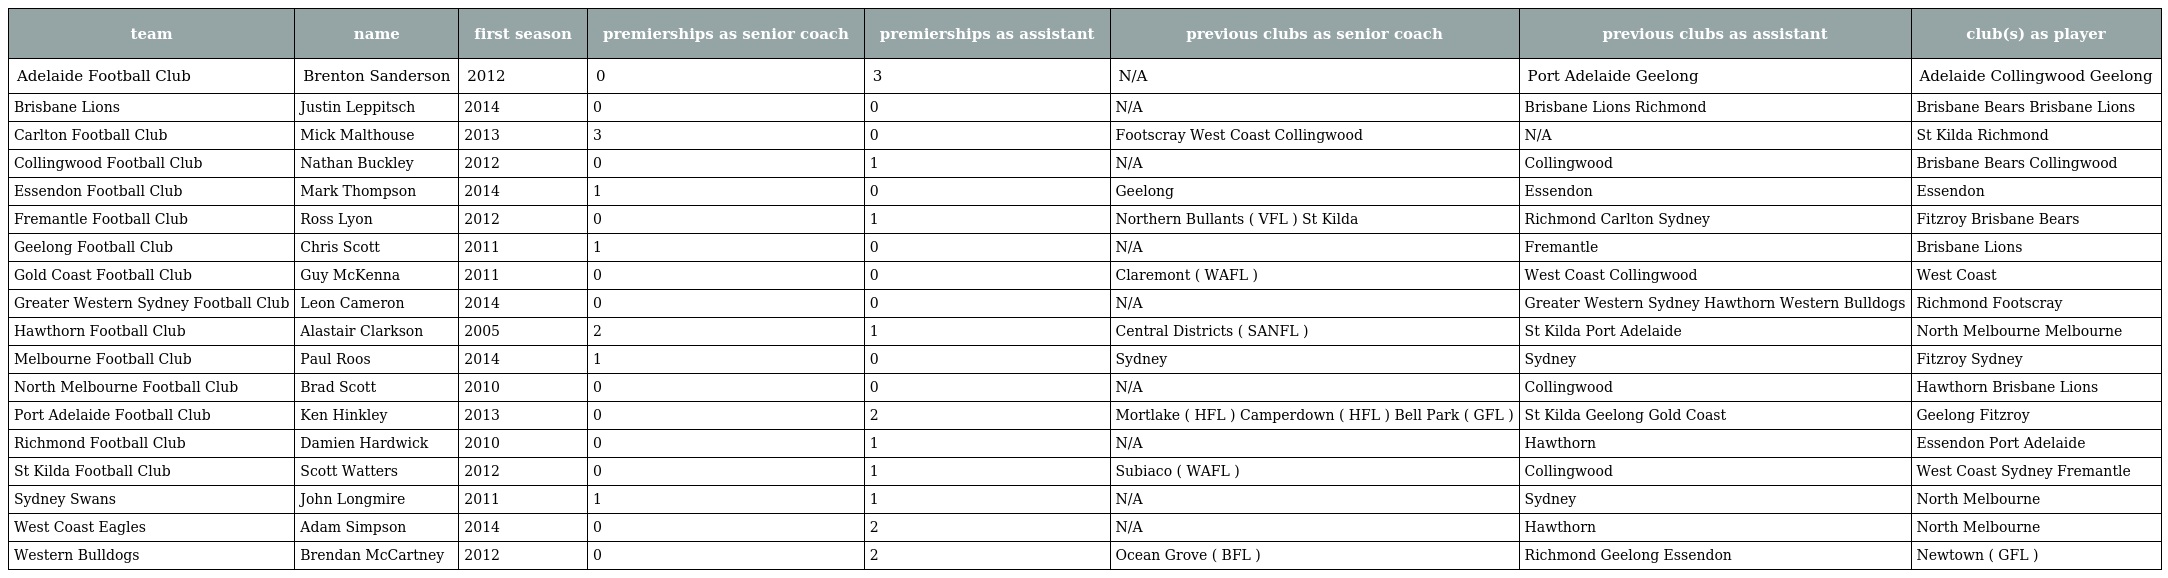
| team | name | first season | premierships as senior coach | premierships as assistant | previous clubs as senior coach | previous clubs as assistant | club(s) as player |
 | --- | --- | --- | --- | --- | --- | --- | --- |
 | Adelaide Football Club | Brenton Sanderson | 2012 | 0 | 3 | N/A | Port Adelaide Geelong | Adelaide Collingwood Geelong |
 | Brisbane Lions | Justin Leppitsch | 2014 | 0 | 0 | N/A | Brisbane Lions Richmond | Brisbane Bears Brisbane Lions |
 | Carlton Football Club | Mick Malthouse | 2013 | 3 | 0 | Footscray West Coast Collingwood | N/A | St Kilda Richmond |
 | Collingwood Football Club | Nathan Buckley | 2012 | 0 | 1 | N/A | Collingwood | Brisbane Bears Collingwood |
 | Essendon Football Club | Mark Thompson | 2014 | 1 | 0 | Geelong | Essendon | Essendon |
 | Fremantle Football Club | Ross Lyon | 2012 | 0 | 1 | Northern Bullants ( VFL ) St Kilda | Richmond Carlton Sydney | Fitzroy Brisbane Bears |
 | Geelong Football Club | Chris Scott | 2011 | 1 | 0 | N/A | Fremantle | Brisbane Lions |
 | Gold Coast Football Club | Guy McKenna | 2011 | 0 | 0 | Claremont ( WAFL ) | West Coast Collingwood | West Coast |
 | Greater Western Sydney Football Club | Leon Cameron | 2014 | 0 | 0 | N/A | Greater Western Sydney Hawthorn Western Bulldogs | Richmond Footscray |
 | Hawthorn Football Club | Alastair Clarkson | 2005 | 2 | 1 | Central Districts ( SANFL ) | St Kilda Port Adelaide | North Melbourne Melbourne |
 | Melbourne Football Club | Paul Roos | 2014 | 1 | 0 | Sydney | Sydney | Fitzroy Sydney |
 | North Melbourne Football Club | Brad Scott | 2010 | 0 | 0 | N/A | Collingwood | Hawthorn Brisbane Lions |
 | Port Adelaide Football Club | Ken Hinkley | 2013 | 0 | 2 | Mortlake ( HFL ) Camperdown ( HFL ) Bell Park ( GFL ) | St Kilda Geelong Gold Coast | Geelong Fitzroy |
 | Richmond Football Club | Damien Hardwick | 2010 | 0 | 1 | N/A | Hawthorn | Essendon Port Adelaide |
 | St Kilda Football Club | Scott Watters | 2012 | 0 | 1 | Subiaco ( WAFL ) | Collingwood | West Coast Sydney Fremantle |
 | Sydney Swans | John Longmire | 2011 | 1 | 1 | N/A | Sydney | North Melbourne |
 | West Coast Eagles | Adam Simpson | 2014 | 0 | 2 | N/A | Hawthorn | North Melbourne |
 | Western Bulldogs | Brendan McCartney | 2012 | 0 | 2 | Ocean Grove ( BFL ) | Richmond Geelong Essendon | Newtown ( GFL ) |